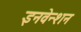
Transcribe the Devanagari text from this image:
इनवेन्शन